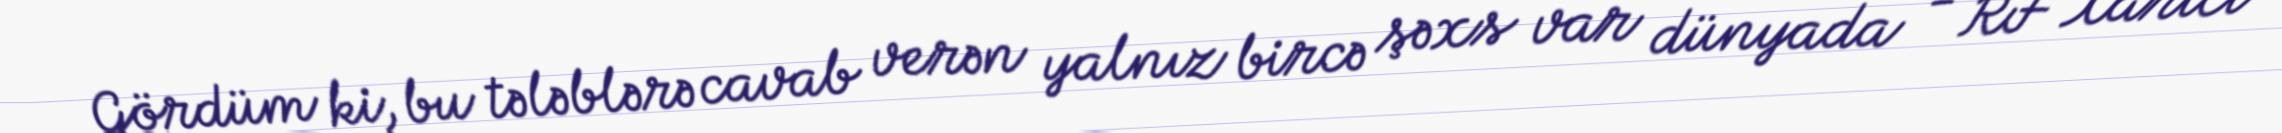
Gördüm ki, bu tələblərə cavab verən yalnız bircə şəxs var dünyada - RF Xarici